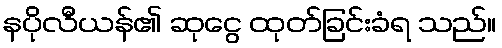
နပိုလီယန်၏ ဆုငွေ ထုတ်ခြင်းခံရ သည်။